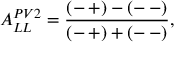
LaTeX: A _ { L L } ^ { P V 2 } = \frac { ( - \, + ) - ( - \, - ) } { ( - \, + ) + ( - \, - ) } ,